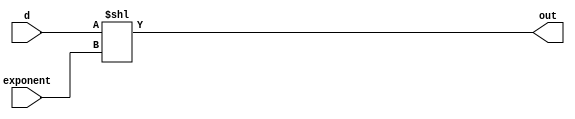
module shifter#(parameter word_size=24) (  input [word_size-1:0] d,                      // Declare input for data to the first flop in the shift register
                                        //input clk,                    // Declare input for clock to all flops in the shift register
                                        input [7:0]exponent,                     // Declare input for enable to switch the shift register on/off
                                        //input rstn,                   // Declare input to reset the register to a default value
                                        output [word_size-1:0] out);    // Declare output to read out the current value of all flops in this register
 
 
   // This always block will "always" be triggered on the rising edge of clock
   // Once it enters the block, it will first check to see if reset is 0 and if yes then reset register
   // If no, then check to see if the shift register is enabled
   // If no => maintain previous output. If yes, then shift based on the requested direction
    //reg [7:0] shiftammount;
    //reg [word_size-1:0] result;
//    always @(clk,rstn)
//    begin
//          if (rstn)
//          begin 
//          result<= d;
//          out <= 0;
//          shiftammount<=0;
//          end
//    shiftammount<=exponent;
//    result<=d;
//    end
//    always @ (shiftammount)
//     begin
//         if (shiftammount==0)
//         out<=result;
//         else if (shiftammount>0)
//          begin
         
//             shiftammount<= shiftammount-1;
//             result<={result[22:1],1'b0}; //lower to greater
    
//          end
//       end


assign out = d << exponent; 


endmodule